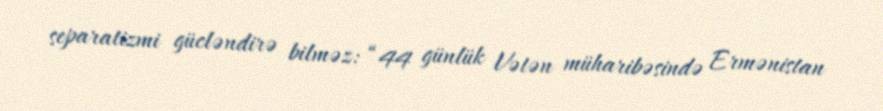
separatizmi gücləndirə bilməz: “44 günlük Vətən müharibəsində Ermənistan